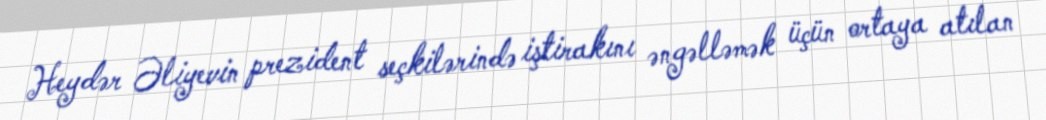
Heydər Əliyevin prezident seçkilərində iştirakını əngəlləmək üçün ortaya atılan